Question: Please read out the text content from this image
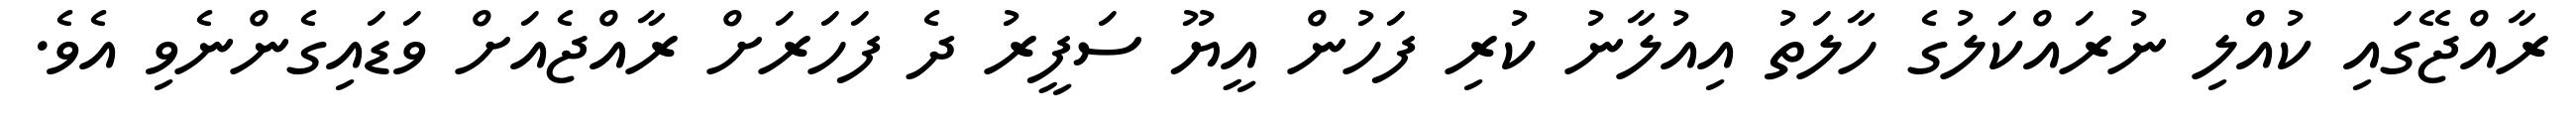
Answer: ރާއްޖޭގައި ކުއްލި ނުރައްކަލުގެ ހާލަތު އިއުލާނު ކުރި ފަހުން އީޔޫ ސަފީރު ދެ ފަހަރަށް ރާއްޖެއަށް ވަޑައިގެންނެވި އެވެ.